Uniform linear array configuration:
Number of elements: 24
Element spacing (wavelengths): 0.75
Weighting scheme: cosine
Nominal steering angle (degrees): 60
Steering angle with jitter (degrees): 59.854
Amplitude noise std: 0.05
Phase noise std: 0.05

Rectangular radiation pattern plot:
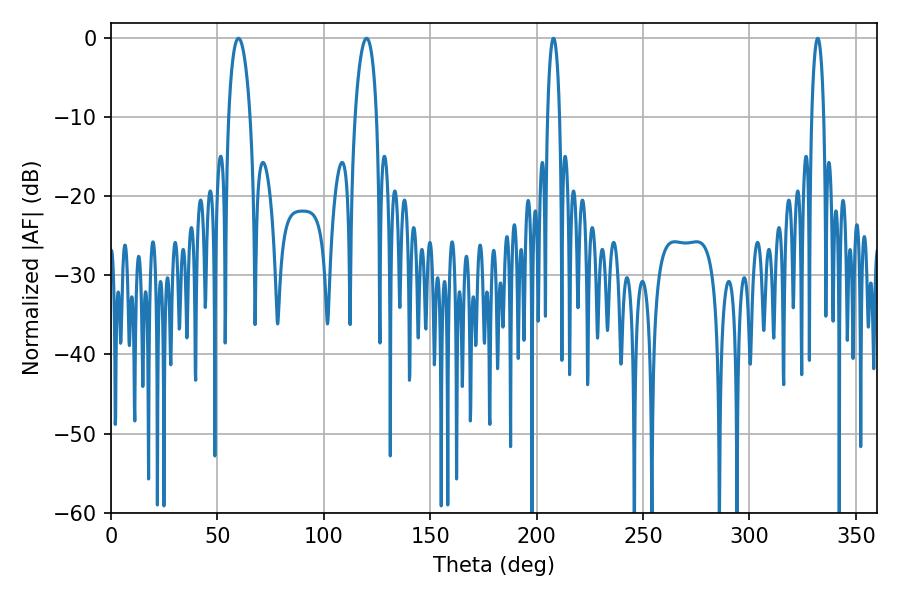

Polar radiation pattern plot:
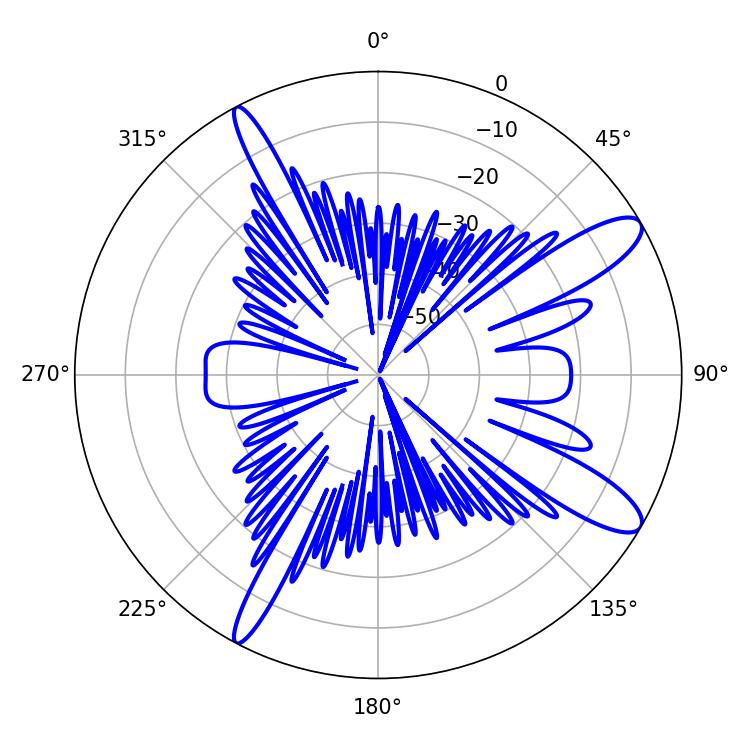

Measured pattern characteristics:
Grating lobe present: TRUE
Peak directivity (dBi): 11.765
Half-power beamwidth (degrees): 3.24
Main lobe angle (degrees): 207.9